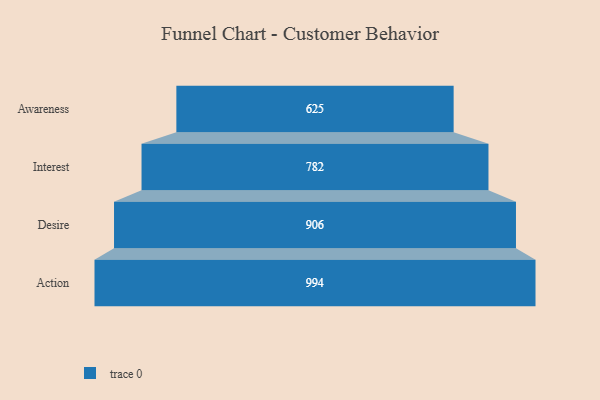
{"axis": {"x": "Stage", "y": "Value"}, "legend": [""], "data": [{"x": "Awareness", "y": 625.0, "type": ""}, {"x": "Interest", "y": 782.0, "type": ""}, {"x": "Desire", "y": 906.0, "type": ""}, {"x": "Action", "y": 994.0, "type": ""}]}